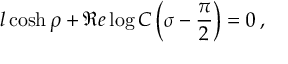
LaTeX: l \cosh \rho + \Re e \log C \left( \sigma - \displaystyle \frac { \pi } { 2 } \right) = 0 \: ,